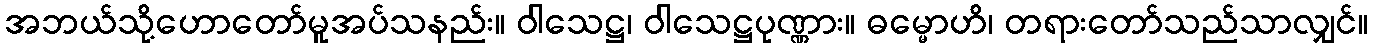
အဘယ်သို့ဟောတော်မူအပ်သနည်း။ ဝါသေဋ္ဌ၊ ဝါသေဋ္ဌပုဏ္ဏား။ ဓမ္မောဟိ၊ တရားတော်သည်သာလျှင်။